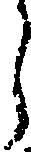
う